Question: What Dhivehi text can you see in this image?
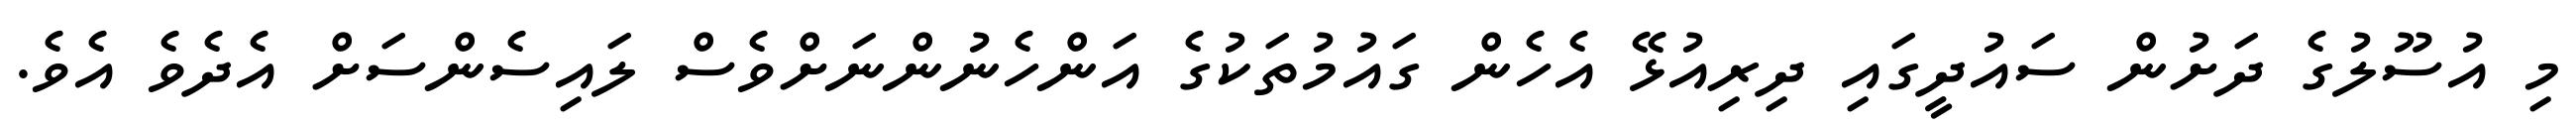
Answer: މި އުސޫލުގެ ދަށުން ސައުދީގައި ދިރިއުޅޭ އެހެން ގައުމުތަކުގެ އަންހެނުންނަށްވެސް ލައިސެންސަށް އެދެވެ އެވެ.